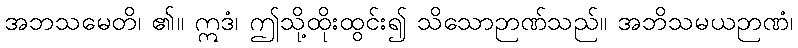
အဘသမေတိ၊ ၏။ ဣဒံ၊ ဤသို့ထိုးထွင်း၍ သိသောဉာဏ်သည်။ အဘိသမယဉာဏံ၊